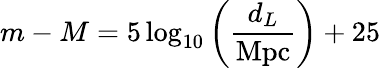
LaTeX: m-M=5\log_{10}\left(\frac{d_{L}}{\mathrm{Mpc}}\right)+25